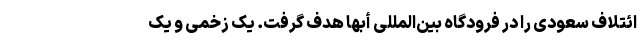
ائتلاف سعودی را در فرودگاه بین‌المللی أبها هدف گرفت. یک زخمی و یک